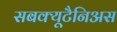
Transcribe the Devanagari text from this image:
सबक्यूटैनिअस